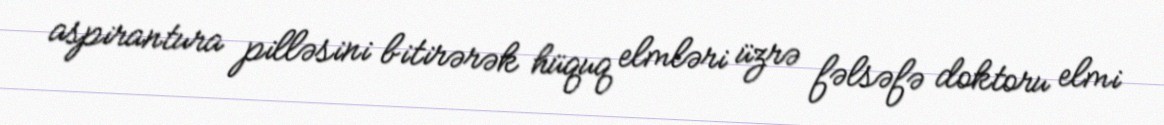
aspirantura pilləsini bitirərək hüquq elmləri üzrə fəlsəfə doktoru elmi